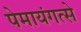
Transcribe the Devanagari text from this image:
पेमायंगत्से